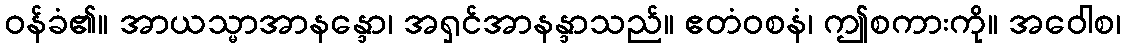
ဝန်ခံ၏။ အာယသ္မာအာနန္ဒော၊ အရှင်အာနန္ဒာသည်။ ဧတံဝစနံ၊ ဤစကားကို။ အဝေါစ၊